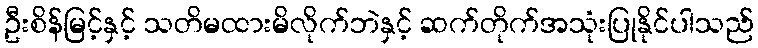
ဦးစိန်မြင့်နှင့် သတိမထားမိလိုက်ဘဲနှင့် ဆက်တိုက်အသုံးပြုနိုင်ပါသည်